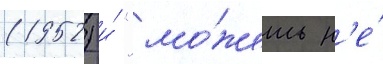
(1952) и́ "мо́жешь н'е́